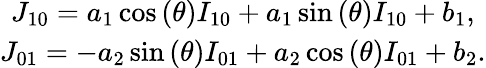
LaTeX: \begin{array}{c}{{J_{10}}={a_{1}}\cos\left(\theta\right){I_{10}}+{a_{1}}\sin\left(\theta\right){I_{10}}+{b_{1}},}\\ {{J_{01}}=-{a_{2}}\sin\left(\theta\right){I_{01}}+{a_{2}}\cos\left(\theta\right){I_{01}}+{b_{2}}.}\end{array}